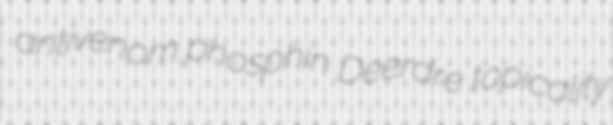
antivenom phosphin Deerdre topicality